system: You are a helpful assistant.
user:
Analyze the provided spectrum to determine if it is a **Carbon Star (C-type)**.

- **Key Visual Indicators of Carbon Star:**
    - **(Primary):** Strong molecular absorption from **C₂ (diatomic carbon) "Swan Bands."** This is the **defining feature** of a carbon star.
        - **(Key Bandheads):** Sharp absorption edges are visible at approximately $5635$ Å, $5165$ Å (the strongest band), and $4737$ Å.
        - **(Line Profile):** Creates a distinct **"saw-tooth"** pattern. The key morphology is a sharp, steep bandhead on the **red (long-wavelength) side**, which then gradually tapers off (i.e., flux recovers) towards the **blue (short-wavelength) side**. *(This is the direct opposite of the TiO bands seen in M-type stars)*.

    - **(Secondary):** Intense **CN (cyanogen)** molecular absorption bands.
        - **(Key Bandheads):** Located in the blue and violet regions of the spectrum (e.g., near $4215$ Å and $3883$ Å).
        - **(Morphology):** These bands are extremely broad and act as a "blanket," absorbing the vast majority of blue and violet light. This creates a characteristic **"cliff"** or **"steep drop-off"** in the spectrum's flux at short wavelengths.

    - **(Key Confirmation):** Strong **CH absorption band (G-band)**.
        - **(Key Bandhead):** Located around $4300$ Å. The contribution from CH molecules to this band is exceptionally strong.

    - **(Overall Spectrum):**
        - The continuum is severely "chopped up" by these deep molecular bands, especially C₂, rather than appearing as a smooth curve.
        - Due to the heavy CN and C₂ absorption in the blue-green, the vast majority of the star's flux is concentrated in the red part of the spectrum, giving the star its characteristic deep red color.

Think first, call **spectral_visualization_tool** if needed to examine features in detail, then provide your final answer. Your response must adhere to the following strict rules:
1.  **Overall Structure:** Your response must follow the format `<think>...</think> <tool_call>...</tool_call> (if a tool is used) <answer>...</answer>`.
2.  **Tool Usage Constraint:** You may only make **one** tool call per turn.
3.  **Final Answer Format:** In the `<answer>` tag, your conclusion must be inside a `\boxed{}` command (e.g., `\boxed{YES}`), followed by your justification.

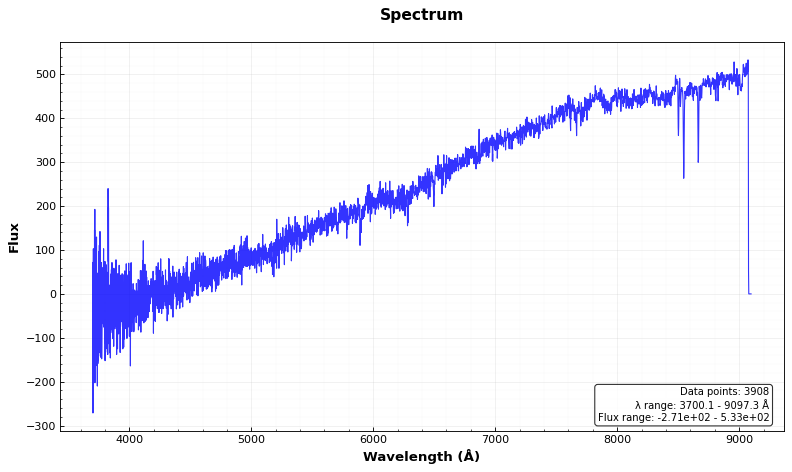
Answer: NO